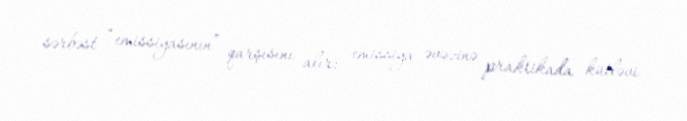
sərbəst “emissiyasının” qarşısını alır: emissiya əvəzinə praktikada kütləvi